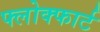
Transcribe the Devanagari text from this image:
फ्लोक्फार्ट